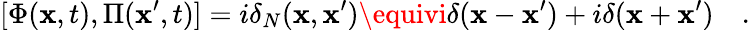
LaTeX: [\Phi(\mathbf{x},t),\Pi(\mathbf{x}^{\prime},t)]=i\delta_{N}(\mathbf{x},\mathbf{x}^{\prime})\equivi\delta(\mathbf{x}-\mathbf{x}^{\prime})+i\delta(\mathbf{x}+\mathbf{x}^{\prime})\quad.